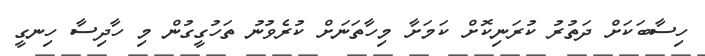
ހިސާބަކަށް ދަތުރު ކުރަނިކޮށް ކަމަށާ މިހާތަނަށް ކުރެވުނު ތަހުގީގުން މި ހާދިސާ ހިނގީ